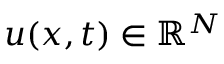
u ( x , t ) \in \mathbb { R } ^ { N }